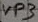
Text: VP3